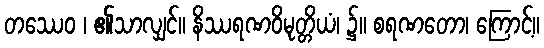
တဿေဝ ၊ ၏သာလျှင်။ နိဿရဏဝိမုတ္တိယံ၊ ၌။ စရဏတော၊ ကြောင့်။